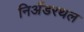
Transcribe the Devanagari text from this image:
निअँडरथल